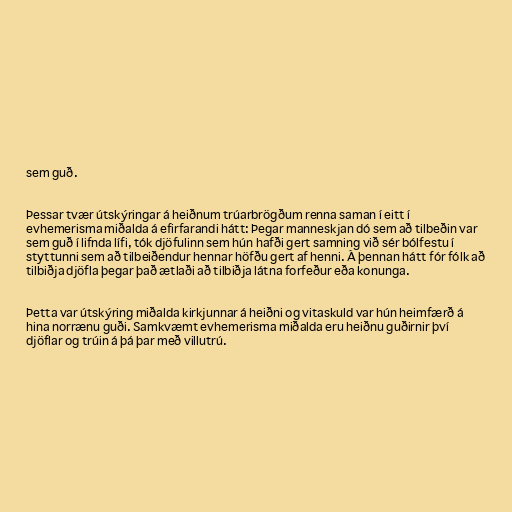
sem guð.

Þessar tvær útskýringar á heiðnum trúarbrögðum renna saman í eitt í
evhemerisma miðalda á efirfarandi hátt: Þegar manneskjan dó sem að tilbeðin var
sem guð í lifnda lífi, tók djöfulinn sem hún hafði gert samning við sér bólfestu í
styttunni sem að tilbeiðendur hennar höfðu gert af henni. Á þennan hátt fór fólk að
tilbiðja djöfla þegar það ætlaði að tilbiðja látna forfeður eða konunga.

Þetta var útskýring miðalda kirkjunnar á heiðni og vitaskuld var hún heimfærð á
hina norrænu guði. Samkvæmt evhemerisma miðalda eru heiðnu guðirnir því
djöflar og trúin á þá þar með villutrú.